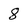
Character: 8